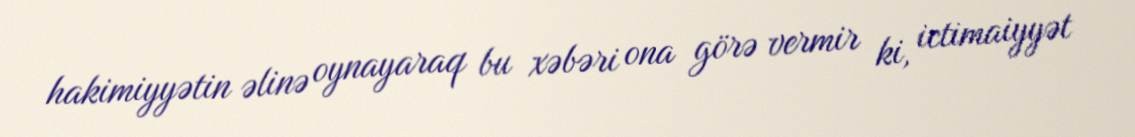
hakimiyyətin əlinə oynayaraq bu xəbəri ona görə vermir ki, ictimaiyyət